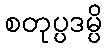
စတုပ္ပဒမ္ပိ